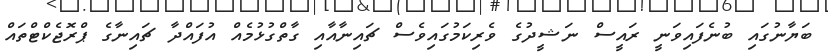
ބަޔާނުގައި ބުނެފައިވަނީ ރައީސް ނަޝީދުގެ ވެރިކަމުގައިވެސް ޗައިނާއާއި ގާތްގުޅުމެއް އުފައްދާ ޗައިނާގެ ޕްރޮޖެކްޓްތައް